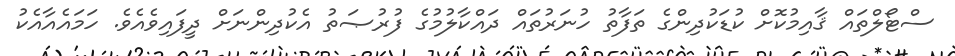
ސްޓޯލްތައް ޤާއިމުކޮށް ކުޑަކުދިންގެ ތަފާތު ހުނަރުތައް ދައްކާލުމުގެ ފުރުޞަތު އެކުދިންނަށް ދީފައިވެއެވެ. ހަމައެއާއެކު